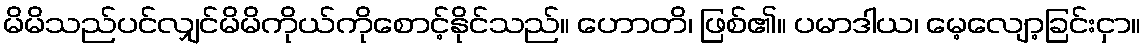
မိမိသည်ပင်လျှင်မိမိကိုယ်ကိုစောင့်နိုင်သည်။ ဟောတိ၊ ဖြစ်၏။ ပမာဒါယ၊ မေ့လျော့ခြင်းငှာ။